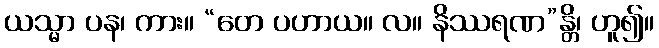
ယသ္မာ ပန၊ ကား။ “တေ ပဟာယ။ လ။ နိဿရဏ”န္တိ၊ ဟူ၍။